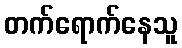
တက်ရောက်နေသူ